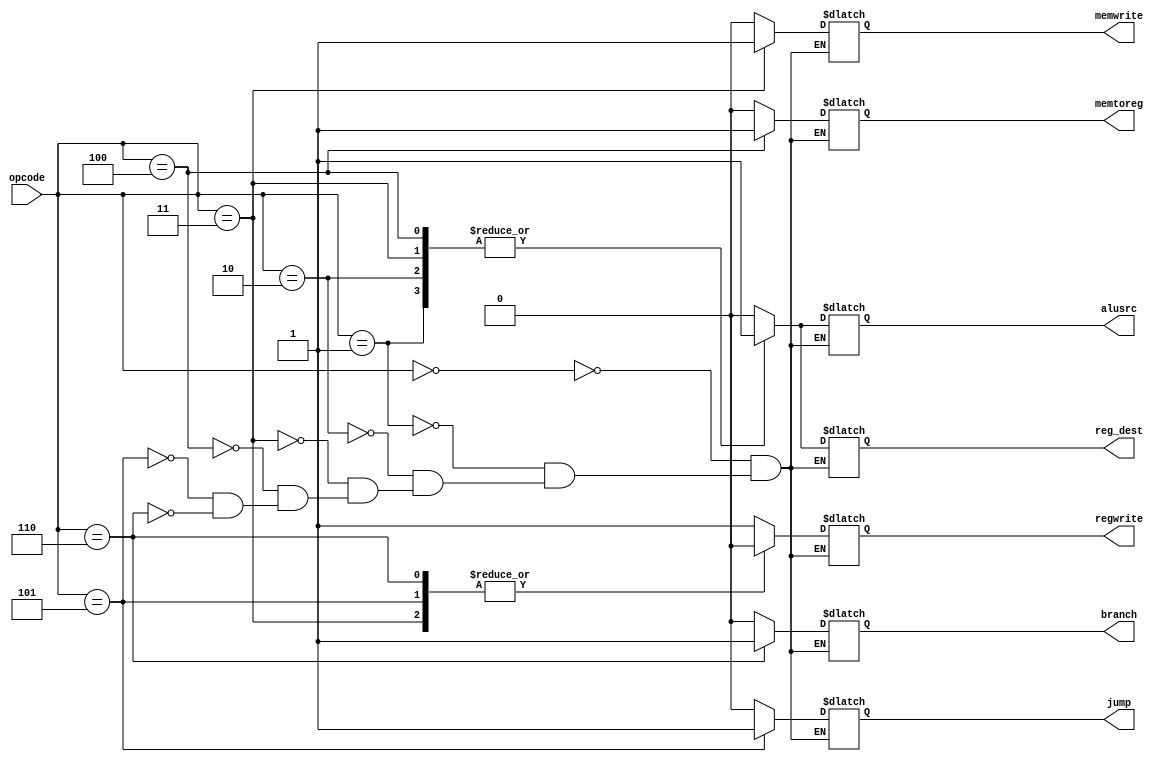
module control(
input [2:0] opcode, 
output reg jump, branch, memwrite, regwrite, alusrc, reg_dest, memtoreg );
 always @(*)
 begin 
     case (opcode)
     3'b000:  //r type 
     begin 
     jump = 0;
     branch = 0;
     memwrite = 0;
     regwrite = 1;
     alusrc = 0;
     reg_dest = 0;
     memtoreg = 0;
     end
     3'b001:
    begin   //ADDI
     jump = 0;
     branch = 0;
     memwrite = 0;
     regwrite = 1;
     alusrc = 1;
     reg_dest = 1;
     memtoreg = 0;
     end
     3'b010: 
     begin  //SUBI
     jump = 0;
     branch = 0;
     memwrite = 0;
     regwrite = 1;
     alusrc = 1;
     reg_dest = 1;
     memtoreg = 0;
     end
    3'b011: //st
     begin 
     jump = 0;
     branch = 0;
     memwrite = 1;
     regwrite = 0;
     alusrc = 1;
     reg_dest = 1;
     memtoreg = 0;
     end
    3'b100:    //ld
    begin 
    jump = 0;
    branch = 0;
    memwrite = 0;
    regwrite = 1;
    alusrc = 1;
    reg_dest = 1;
    memtoreg = 1;
    end
    3'b101: //jump
    begin  
    jump = 1;
    branch = 0;
    memwrite = 0;
    regwrite = 0;
    alusrc = 0;
    reg_dest = 0;
    memtoreg = 0;
    end
     3'b110: //beq
     begin
    jump = 0;
    branch = 1;
    memwrite = 0;
    regwrite = 0;
    alusrc = 0;
    reg_dest = 0;
    memtoreg = 0;
    end
     endcase
     
 end

endmodule